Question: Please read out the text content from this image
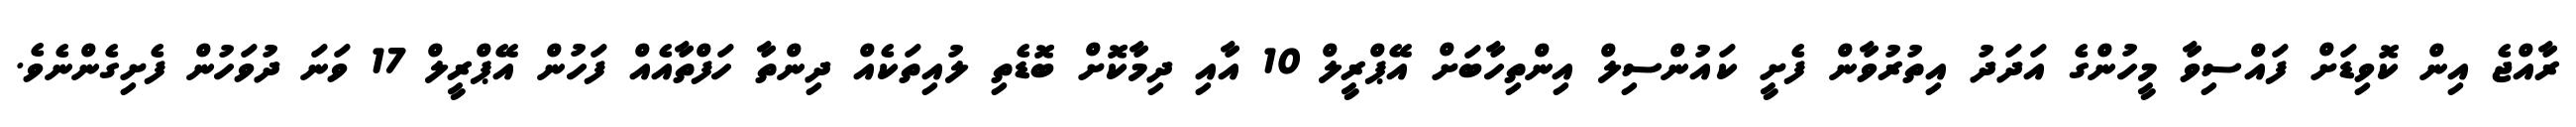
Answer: ރާއްޖެ އިން ކޮވިޑަށް ފައްސިވާ މީހުންގެ އަދަދު އިތުރުވާން ފެށީ ކައުންސިލް އިންތިހާބަށް އޭޕްރީލް 10 އާއި ދިމާކޮށް ބޮޑެތި ލުއިތަކެއް ދިންތާ ހަފްތާއެއް ފަހުން އޭޕްރީލް 17 ވަނަ ދުވަހުން ފެށިގެންނެވެ.